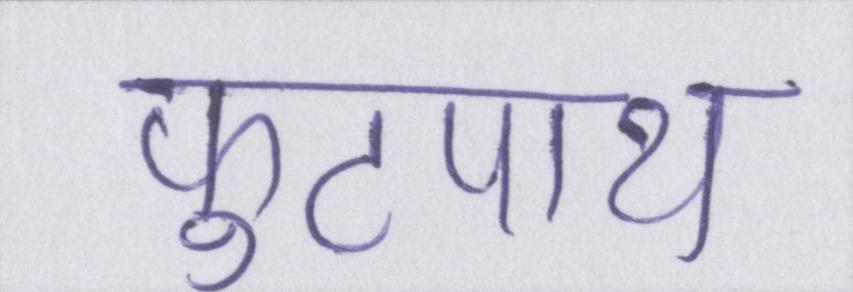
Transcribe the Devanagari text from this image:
फुटपाथ